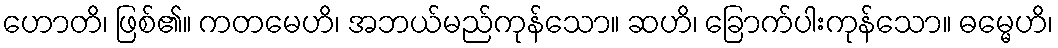
ဟောတိ၊ ဖြစ်၏။ ကတမေဟိ၊ အဘယ်မည်ကုန်သော။ ဆဟိ၊ ခြောက်ပါးကုန်သော။ ဓမ္မေဟိ၊